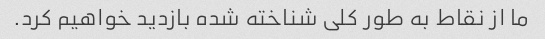
ما از نقاط به طور کلی شناخته شده بازدید خواهیم کرد.